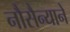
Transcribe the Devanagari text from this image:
नौसैन्याने